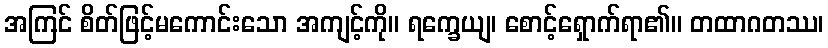
အကြင် စိတ်ဖြင့်မကောင်းသော အကျင့်ကို။ ရက္ခေယျ၊ စောင့်ရှောက်ရာ၏။ တထာဂတဿ၊